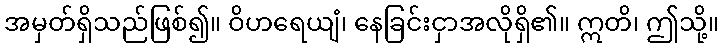
အမှတ်ရှိသည်ဖြစ်၍။ ဝိဟရေယျံ၊ နေခြင်းငှာအလိုရှိ၏။ ဣတိ၊ ဤသို့။